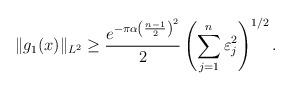
LaTeX: \begin{align*} \|g_1(x)\|_{L^2} \geq \frac{ e^{-\pi \alpha \left( \frac{n-1}{2} \right)^2}}{2} \left(\sum_{j=1}^{n} \varepsilon_j^2 \right)^{1/2}.\end{align*}